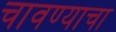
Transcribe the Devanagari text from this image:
चावण्याचा